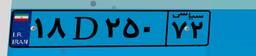
۰۸D۴۸۷۳۷